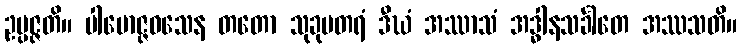
ဥပ္ပဇ္ဇတိ။ ပါမောဇ္ဇဝသေန တတော သုခုမတရံ ဒီဃံ အဿာသံ အဒ္ဓါနသင်္ခါတေ အဿသတိ။